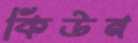
কিউন